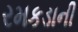
રમકડાની